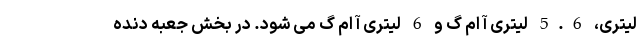
لیتری، 5.6 لیتری آ ام گ و 6 لیتری آ ام گ می شود. در بخش جعبه دنده